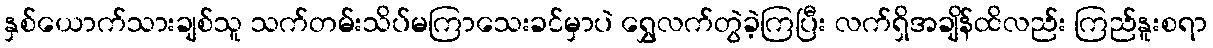
နှစ်ယောက်သားချစ်သူ သက်တမ်းသိပ်မကြာသေးခင်မှာပဲ ရွှေလက်တွဲခဲ့ကြပြီး လက်ရှိအချိန်ထိလည်း ကြည်နူးစရာ